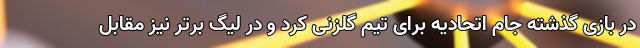
در بازی گذشته جام اتحادیه برای تیم گلزنی کرد و در لیگ برتر نیز مقابل